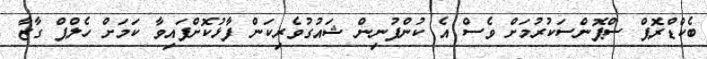
ބެކްޑްރޮޕް ސްޕޮންސަކުރުމަށް ވެސް އެ ކުންފުނިން ޝައުގުވެރިކަން ފާޅުކޮށްފައިވާ ކަމަށް ހެލްޕް ގާޒާ